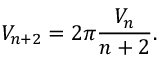
V _ { n + 2 } = 2 \pi { \frac { V _ { n } } { n + 2 } } .